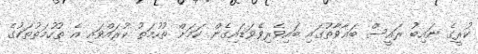
ކުރީގެ ނައިބު ރައީސް ބަޣާވާތުގައި ބައިވެރިވެވަޑައިގެން ކަމަށް ތުހުމަތު ކުރައްވައި އެ ތުހުމަތުތަކުގެ